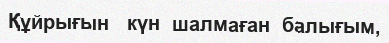
Құйрығын   күн  шалмаған  балығым,